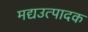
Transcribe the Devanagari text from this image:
मद्यउत्पादक